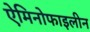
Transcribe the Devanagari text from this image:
ऐमिनोफाइलीन